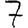
Digit: 7